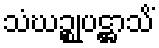
သံဃဉ္စုပဋ္ဌာသိံ